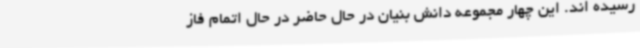
رسیده اند. این چهار مجموعه دانش بنیان در حال حاضر در حال اتمام فاز